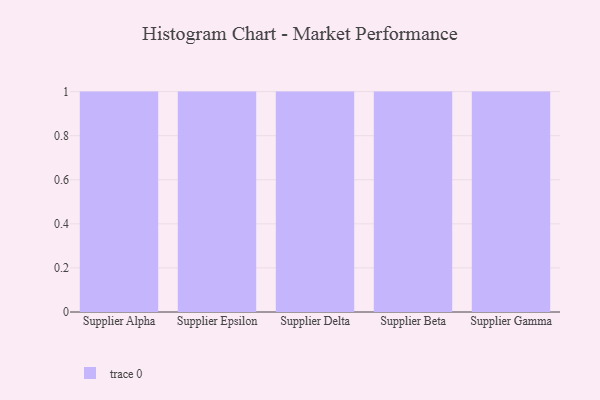
{"axis": {"x": "Supplier", "y": "Churn Rate (%)"}, "legend": [""], "data": [{"x": "Supplier Alpha", "y": 52, "type": ""}, {"x": "Supplier Epsilon", "y": 88, "type": ""}, {"x": "Supplier Delta", "y": 12, "type": ""}, {"x": "Supplier Beta", "y": 85, "type": ""}, {"x": "Supplier Gamma", "y": 2, "type": ""}]}